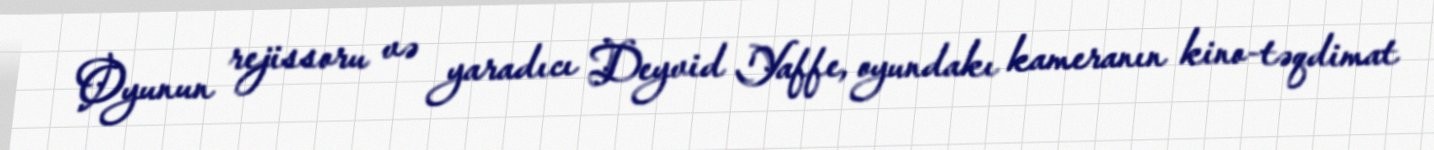
Oyunun rejissoru və yaradıcı Deyvid Yaffe, oyundakı kameranın kino-təqdimat